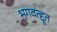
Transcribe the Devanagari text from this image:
भगवत्द्दूत